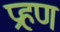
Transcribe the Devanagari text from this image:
प्रहण